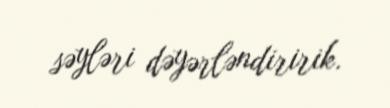
səyləri dəyərləndiririk.